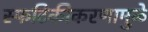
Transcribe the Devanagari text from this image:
स्फटिकीकरणामुळे